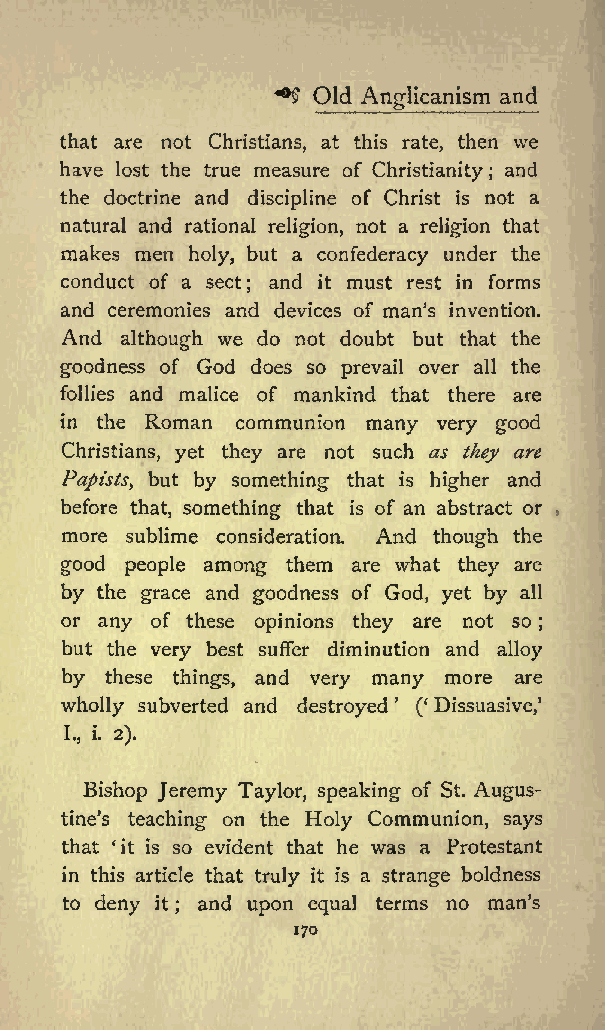
^
 Old         and
 Anglicanism
 that are not Christians, at this rate, then we
 have lost the true measure of Christianity and
 ;
 the doctrine and discipline of Christ is not a
 natural and rational religion, not a religion that
 makes men holy, but a confederacy under the
 conduct of a sect; and it must rest in forms
 and ceremonies and devices of man s invention.
 And although we do not doubt but that the
 goodness of God does so prevail over all the
 follies and malice of mankind that there are
 in the Roman communion many very good
 Christians, yet they are not such as they are
 Papists, but by something that is higher and
 before that, something that is of an abstract or
 more sublime consideration. And though the
 good people among them are what they are
 by the grace and goodness of God, yet by all
 or any of these opinions they are not so
 ;
 but the very best suffer diminution and alloy
 by these things, and very many more are
 wholly subverted and destroyed ( Dissuasive,
 I., i. 2).
 Bishop Jeremy Taylor, speaking of St. Augus
 tines teaching on the Holy Communion, says
 that it is so evident that he was a Protestant
 in this article that truly it is a strange boldness
 to deny it and upon equal terms no man s
 ;
 170